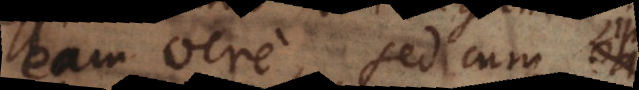
eam vere, sed cum